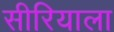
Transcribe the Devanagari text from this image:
सीरियाला